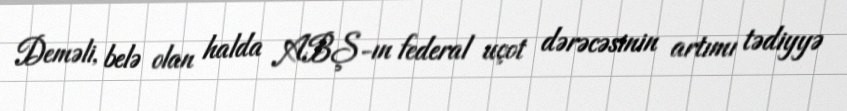
Deməli, belə olan halda ABŞ-ın federal uçot dərəcəsinin artımı tədiyyə